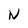
Character: N